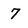
Character: 7